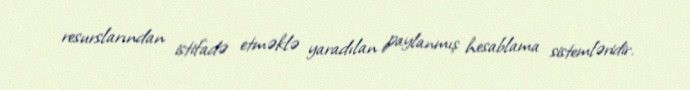
resurslarından istifadə etməklə yaradılan paylanmış hesablama sistemləridir.